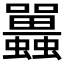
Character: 𧕛